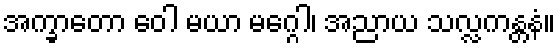
အက္ခာတော ဝေါ မယာ မဂ္ဂေါ၊ အညာယ သလ္လကန္တနံ။